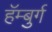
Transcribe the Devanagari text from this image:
हॅम्बुर्ग